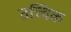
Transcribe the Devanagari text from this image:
तत्त्विक